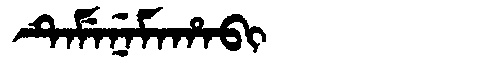
Manchu: ᡨᡝᠮᡝᠨᡝᠮᠠᡥᠠᠪᡳ
Romanization: TEMENEMAHABI